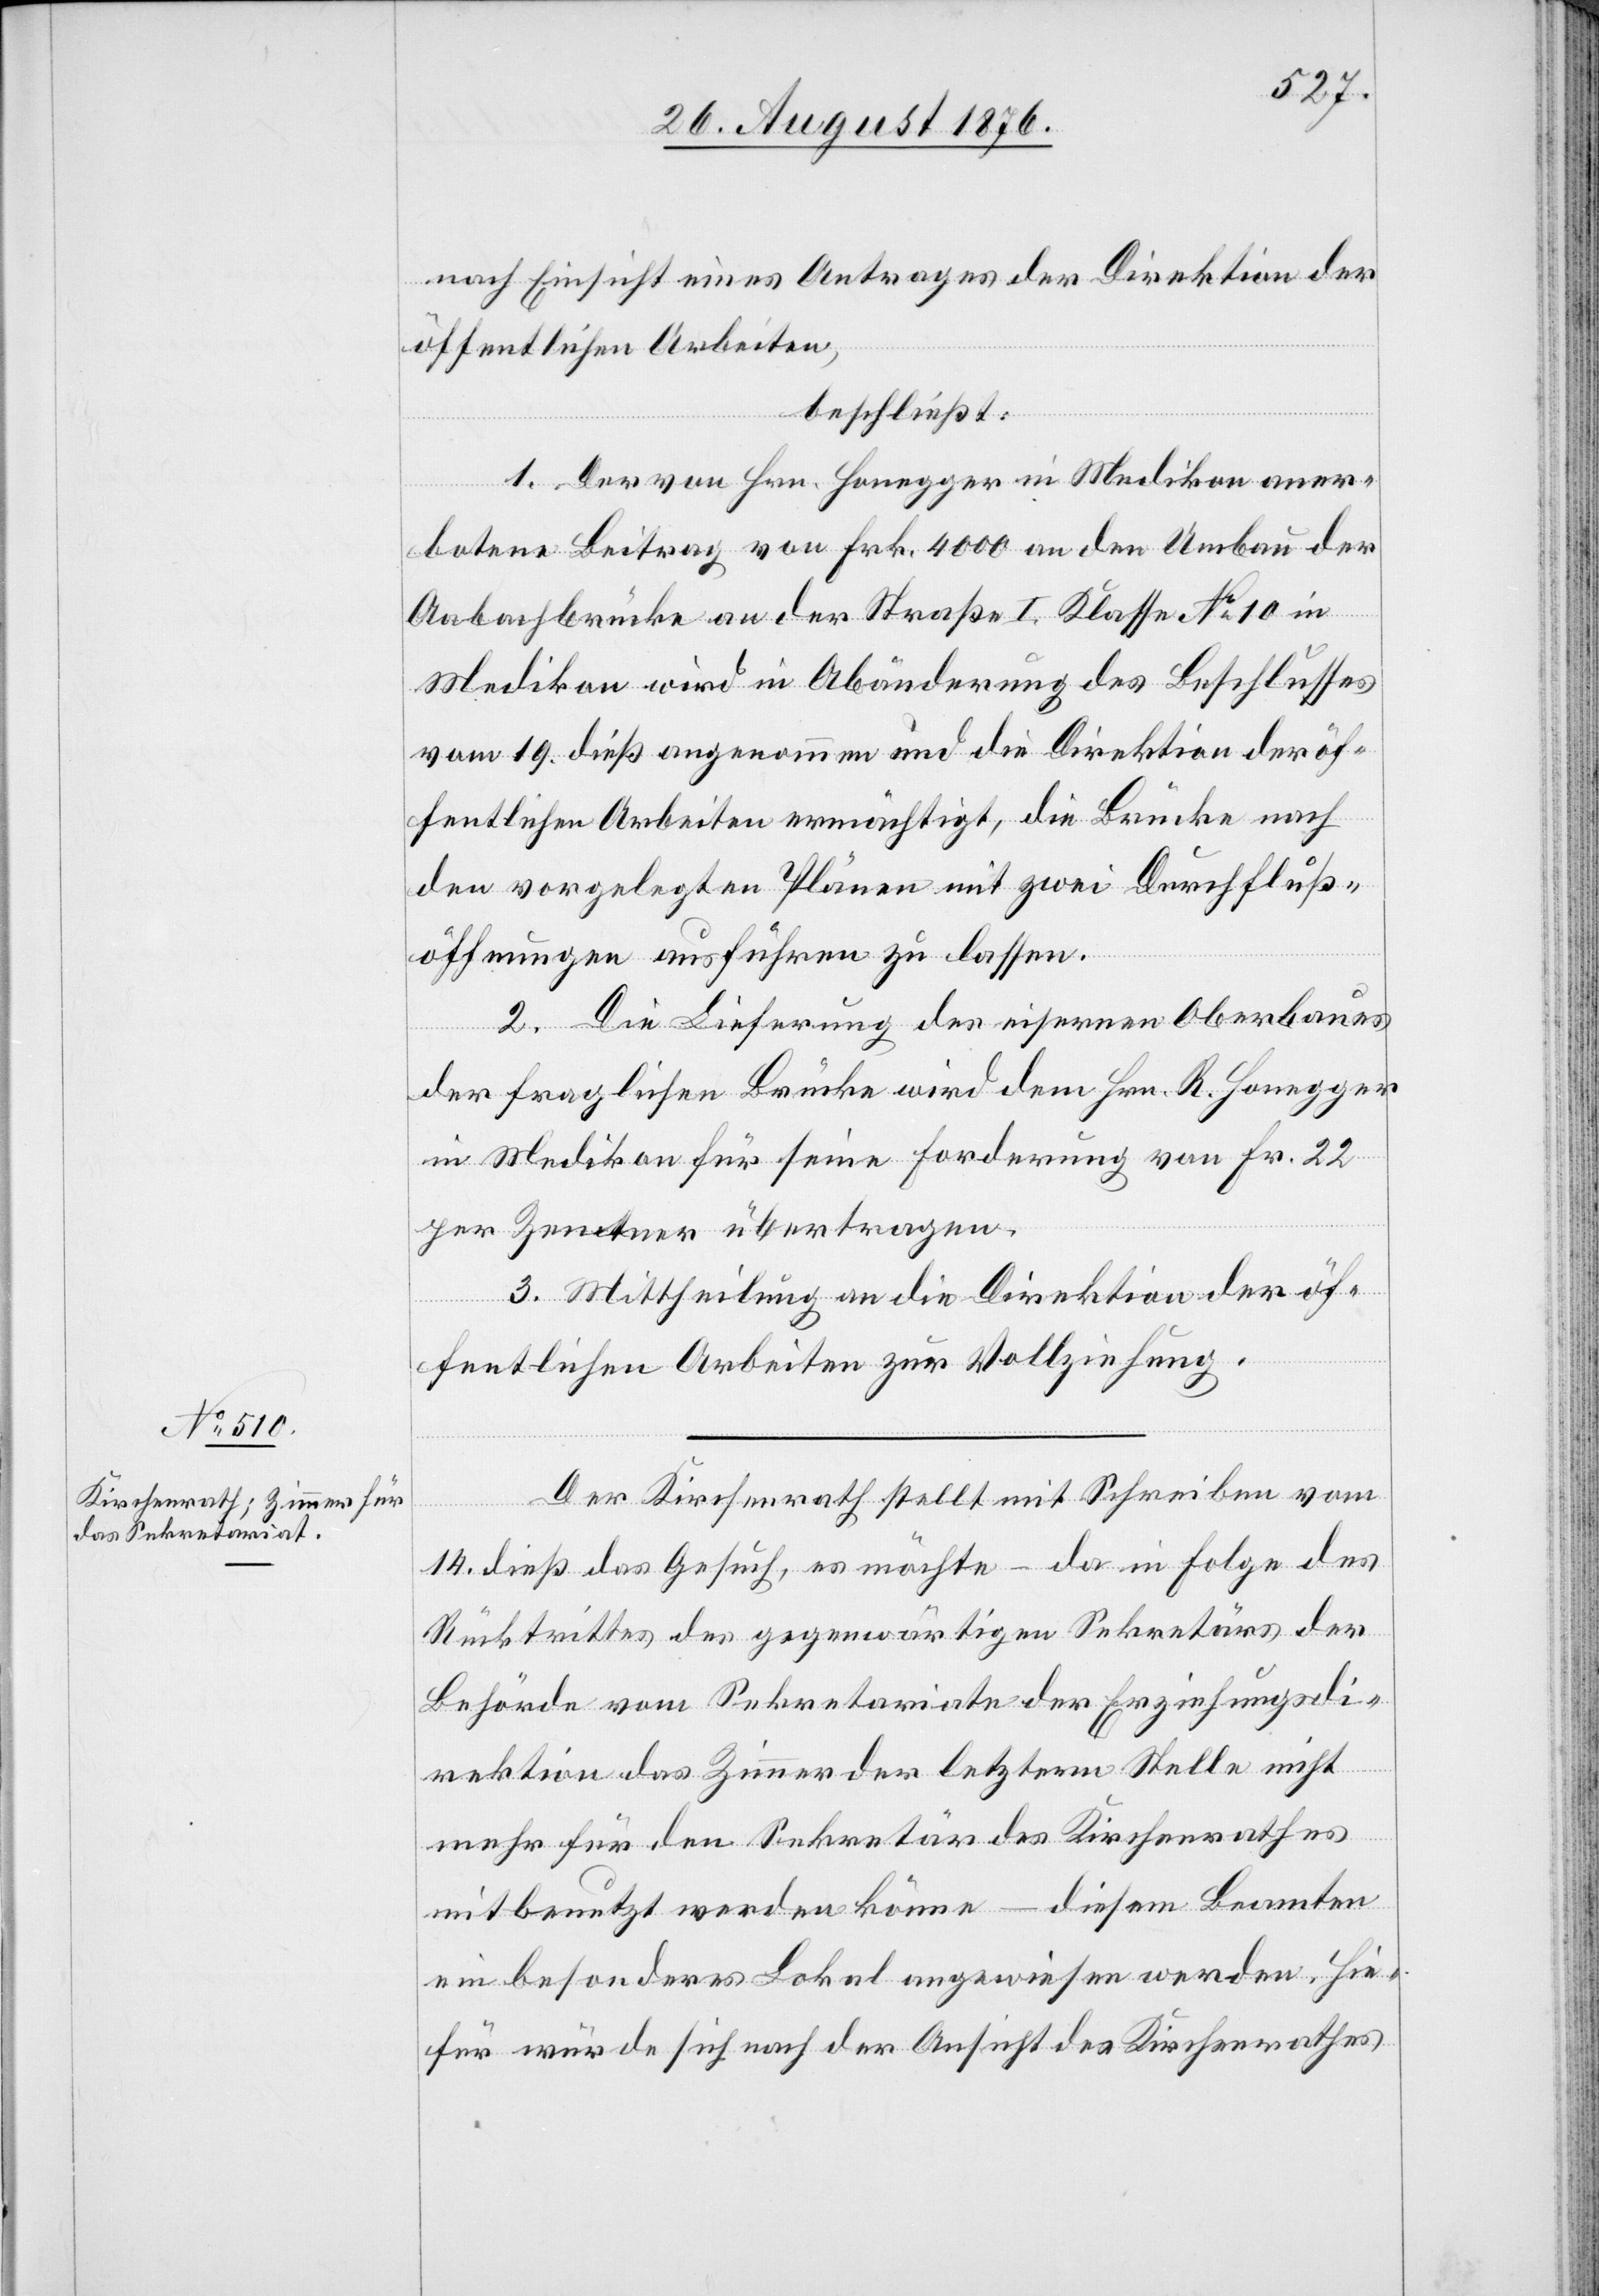
nach Einsicht eines Antrages der Direktion der
öffentlichen Arbeiten,
beschließt:
1. Der von Hrn. Honegger in Medikon ange¬
botene Beitrag von Frk. 4000 an den Umbau der
Aabachbrücke an der Straße I. Klasse No 10 in
Medikon wird in Abänderung des Beschlusses
vom 19. dieß angenommen und die Direktion der öf¬
fentlichen Arbeiten ermächtigt, die Brücke nach
den vorgelegten Plänen mit zwei Durchfluß¬
öffnungen ausführen zu lassen.
2. Die Lieferung des eisernen Oberbaues
der fraglichen Brücke wird dem Hrn. R. Honegger
in Medikon für seine Forderung von Fr. 22
per Zentner übertragen.
3. Mittheilung an die Direktion der öf¬
fentlichen Arbeiten zur Vollziehung.
Der Kirchenrath stellt mit Schreiben vom
14. dieß das Gesuch, es möchte – da in Folge des
Rückstrittes des gegenwärtigen Sekretärs der
Behörde vom Sekretariate der Erziehungsdi¬
rektion das Zimmer der letztern Stelle nicht
mehr für den Sekretär des Kirchenrathes
mitbenutzt werden könne – diesem Beamten
ein besonderes Lokal angewiesen werden .Hie¬
für würde sich nach der Ansicht des Kirchenrathes